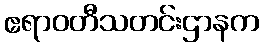
ဧရာဝတီသတင်းဌာနက